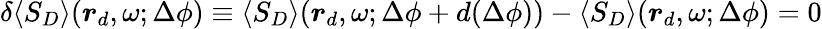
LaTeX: \begin{array}{r}{\delta\langle S_{D}\rangle(\boldsymbol{r}_{d},\omega;\Delta\phi)\equiv\langle S_{D}\rangle(\boldsymbol{r}_{d},\omega;\Delta\phi+d(\Delta\phi))-\langle S_{D}\rangle(\boldsymbol{r}_{d},\omega;\Delta\phi)=0}\end{array}